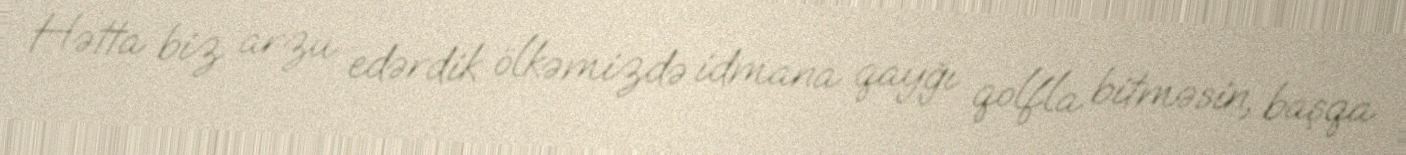
Hətta biz arzu edərdik ölkəmizdə idmana qayğı qolfla bitməsin, başqa